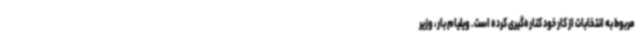
مربوط به انتخابات از کار خود کناره‌گیری کرده است. ویلیام بار، وزیر